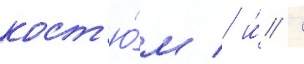
кост'ю́м / и́ /